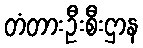
တံတားဦးစီးဌာန